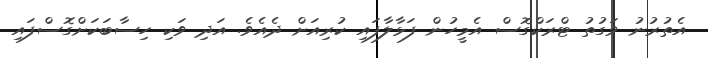
އެތުރުނު ވަގުތު ޓްރަކްގޮސް އެމީހުން ފަޅާލާފައި ކުރިއަށް ދެއެވެ. އަދި ވަކި ހިސާބަކަށްގޮސްފައި